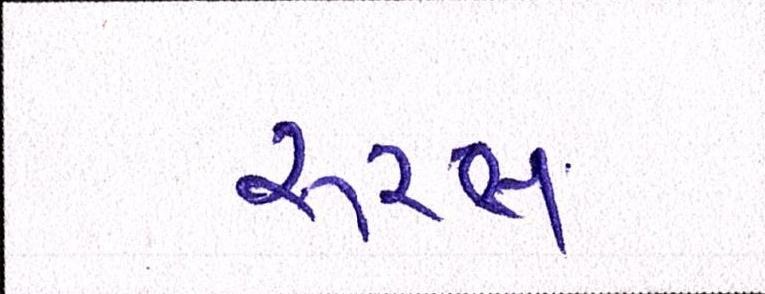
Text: રૂરલ